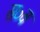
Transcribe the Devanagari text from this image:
स०व